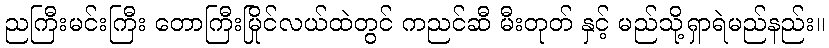
ညကြီးမင်းကြီး တောကြီးမြိုင်လယ်ထဲတွင် ကညင်ဆီ မီးတုတ် နှင့် မည်သို့ရှာရဲမည်နည်း။